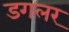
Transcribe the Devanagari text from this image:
डगलर